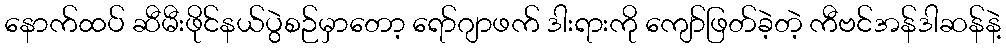
နောက်ထပ် ဆီမီးဖိုင်နယ်ပွဲစဉ်မှာတော့ ရော်ဂျာဖက် ဒါးရားကို ကျော်ဖြတ်ခဲ့တဲ့ ကီဗင်အန်ဒါဆန်နဲ့